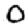
Digit: 0